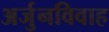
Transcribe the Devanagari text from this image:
अर्जुनविवाह